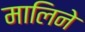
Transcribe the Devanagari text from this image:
मालिने